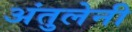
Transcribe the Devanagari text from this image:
अंतुलेनी